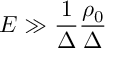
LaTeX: E \gg \frac { 1 } { \Delta } \frac { \rho _ { 0 } } { \Delta }